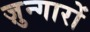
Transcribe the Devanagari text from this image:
ज़ुन्गारों